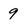
Character: 9